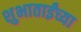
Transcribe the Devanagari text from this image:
शुभाताईंच्या